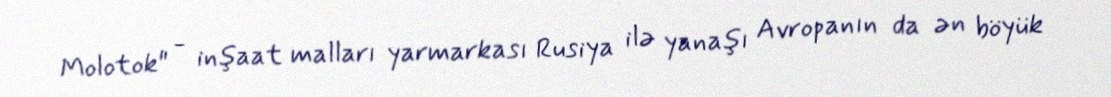
Molotok" - inşaat malları yarmarkası Rusiya ilə yanaşı Avropanın da ən böyük